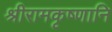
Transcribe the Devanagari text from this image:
श्रीरामकृष्णानि